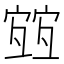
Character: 𡪀